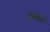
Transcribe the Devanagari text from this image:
अकीदे